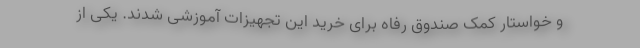
و خواستار کمک صندوق رفاه برای خرید این تجهیزات آموزشی شدند. یکی از